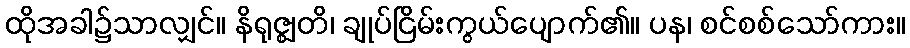
ထိုအခါ၌သာလျှင်။ နိရုဇ္ဈတိ၊ ချုပ်ငြိမ်းကွယ်ပျောက်၏။ ပန၊ စင်စစ်သော်ကား။